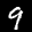
Label: 9